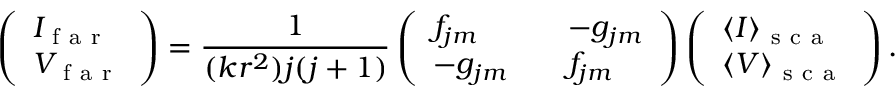
\left( \begin{array} { l } { I _ { \mathrm { ~ f ~ a ~ r ~ } } } \\ { V _ { \mathrm { ~ f ~ a ~ r ~ } } } \end{array} \right) = \frac { 1 } { ( k r ^ { 2 } ) j ( j + 1 ) } \left( \begin{array} { l l l } { f _ { j m } } & { } & { - g _ { j m } } \\ { - g _ { j m } } & { } & { f _ { j m } } \end{array} \right) \left( \begin{array} { l } { \langle I \rangle _ { \mathrm { ~ s ~ c ~ a ~ } } } \\ { \langle V \rangle _ { \mathrm { ~ s ~ c ~ a ~ } } } \end{array} \right) .